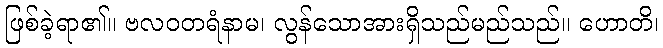
ဖြစ်ခဲ့ရာ၏။ ဗလဝတရံနာမ၊ လွန်သောအားရှိသည်မည်သည်။ ဟောတိ၊